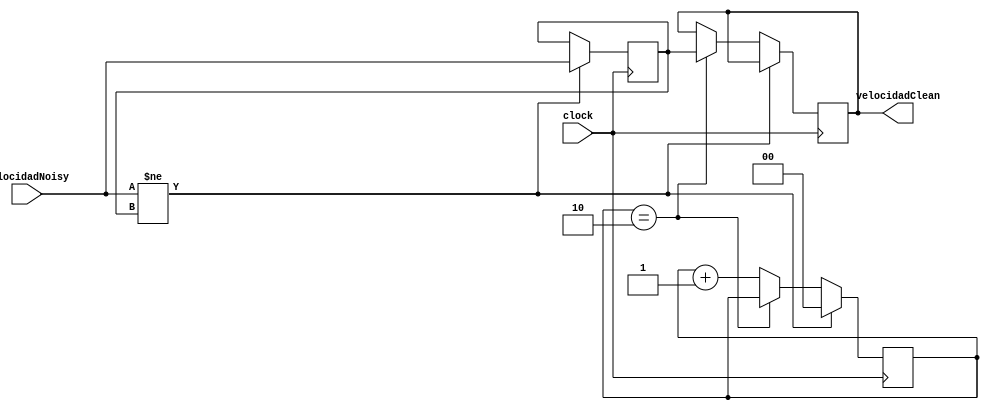
`timescale 1ns / 1ps
//////////////////////////////////////////////////////////////////////////////////
// Company: 
// Engineer: 
// 
// Design Name: 
// Module Name:    debounceVelocidadFixed 
// Project Name: 
// Target Devices: 
// Tool versions: 
// Description: 
//
// Dependencies: 
//
// Revision: 
// Revision 0.01 - File Created
// Additional Comments: 
//
//////////////////////////////////////////////////////////////////////////////////
module debounceVelocidadFixed(clock,velocidadNoisy,velocidadClean);

input clock;
input [23:0] velocidadNoisy;
output reg [23:0] velocidadClean;

   reg [1:0] count;
   reg [23:0]xnew;
	
	initial begin 
	velocidadClean=0;
	end

   always @(posedge clock)
     if (velocidadNoisy != xnew) begin xnew <= velocidadNoisy; count <= 0; end
     else if (count == 2) velocidadClean <= xnew;
     else count <= count+1;

endmodule